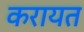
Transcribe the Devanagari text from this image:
करायत